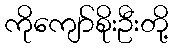
ကိုကျော်စိုးဦးတို့